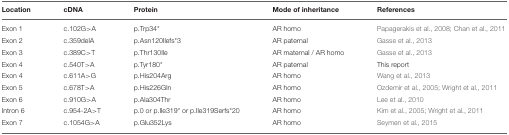
<table><thead><tr><td><b>Location</b></td><td><b>cDNA</b></td><td><b>Protein</b></td><td><b>Mode of inheritance</b></td><td><b>References</b></td></tr></thead><tbody><tr><td>Exon 1</td><td>c.102G&gt;A</td><td>p.Trp34<sup>*</sup></td><td>AR homo</td><td>Papagerakis et al., 2008; Chan et al., 2011</td></tr><tr><td>Exon 2</td><td>c.359delA</td><td>p.Asn120Ilefs<sup>*</sup>3</td><td>AR paternal</td><td>Gasse et al., 2013</td></tr><tr><td>Exon 3</td><td>c.389C&gt;T</td><td>p.Thr130Ile</td><td>AR maternal / AR homo</td><td>Gasse et al., 2013</td></tr><tr><td>Exon 4</td><td>c.540T&gt;A</td><td>p.Tyr180<sup>*</sup></td><td>AR paternal</td><td>This report</td></tr><tr><td>Exon 4</td><td>c.611A&gt;G</td><td>p.His204Arg</td><td>AR homo</td><td>Wang et al., 2013</td></tr><tr><td>Exon 5</td><td>c.678T&gt;A</td><td>p.His226Gln</td><td>AR homo</td><td>Ozdemir et al., 2005; Wright et al., 2011</td></tr><tr><td>Exon 6</td><td>c.910G&gt;A</td><td>p.Ala304Thr</td><td>AR homo</td><td>Lee et al., 2010</td></tr><tr><td>Intron 6</td><td>c.954-2A&gt;T</td><td>p.0 or p.Ile319<sup>*</sup> or p.Ile319Serfs<sup>*</sup>20</td><td>AR homo</td><td>Kim et al., 2005; Wright et al., 2011</td></tr><tr><td>Exon 7</td><td>c.1054G&gt;A</td><td>p.Glu352Lys</td><td>AR homo</td><td>Seymen et al., 2015</td></tr></tbody></table>